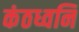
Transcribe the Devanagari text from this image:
कंठध्वनि